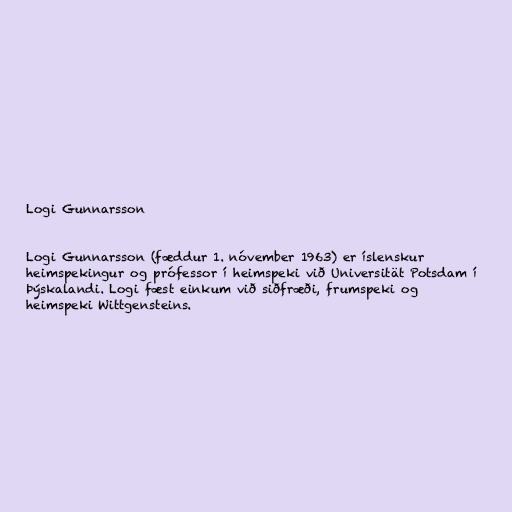
Logi Gunnarsson

Logi Gunnarsson (fæddur 1. nóvember 1963) er íslenskur
heimspekingur og prófessor í heimspeki við Universität Potsdam í
Þýskalandi. Logi fæst einkum við siðfræði, frumspeki og
heimspeki Wittgensteins.